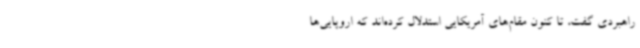
راهبردی گفت، تا کنون مقام‌های آمریکایی استدلال کرده‌اند که اروپایی‌ها